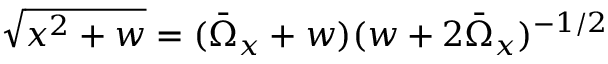
\sqrt { x ^ { 2 } + w } = ( \bar { \Omega } _ { x } + w ) ( w + 2 \bar { \Omega } _ { x } ) ^ { - 1 / 2 }